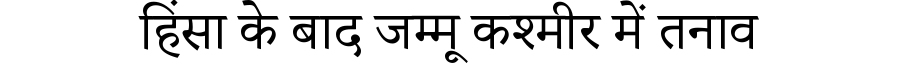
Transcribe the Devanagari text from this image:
हिंसा के बाद जम्मू कश्मीर में तनाव